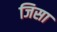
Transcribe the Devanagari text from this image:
जिसा